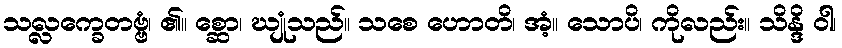
သလ္လက္ခေတဗ္ဗံ၊ ၏။ စ္ဆော၊ ဃျုံသည်။ သစေ ဟောတိ၊ အံ့။ သောပိ၊ ကိုလည်း။ သိန္ဒိ ဝါ၊